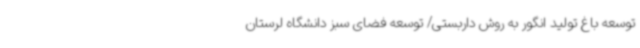
توسعه باغ تولید انگور به روش داربستی/ توسعه فضای سبز دانشگاه لرستان